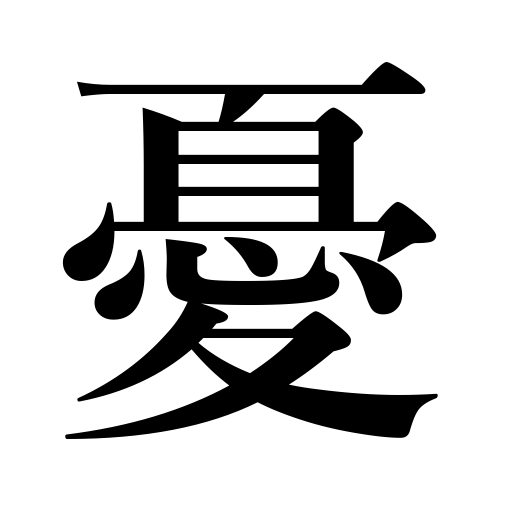
Meanings: sorrow,trouble,grieve,anxiety,unhappy,grief,be anxious,sad,gloomy,distress,lament